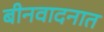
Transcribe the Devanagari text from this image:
बीनवादनात